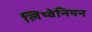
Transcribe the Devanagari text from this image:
लिथ्वेनियन